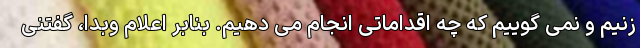
زنیم و نمی گوییم که چه اقداماتی انجام می دهیم. بنابر اعلام وبدا، گفتنی